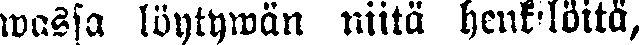
wasa löytywän niitä henkilöitä,